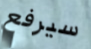
سيرفع